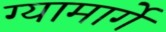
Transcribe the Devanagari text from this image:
ग्यामार्गे